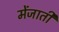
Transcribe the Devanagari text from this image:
मेंजाती